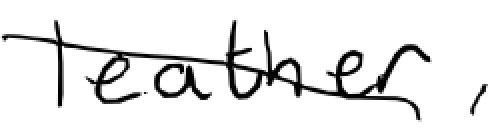
Text: leather,
Cross-out: diagonal
Writing tool: digital_black